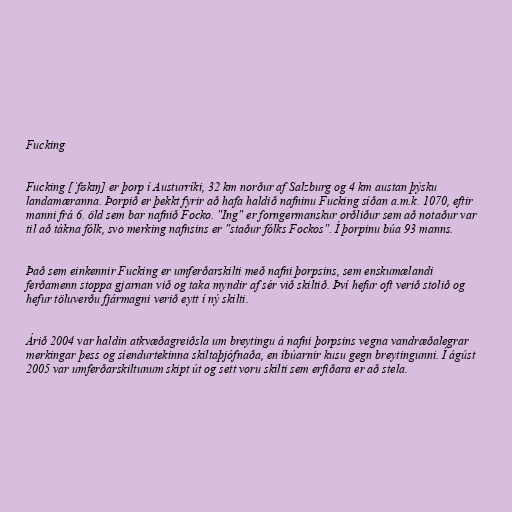
Fucking

Fucking [ˈfʊkɪŋ] er þorp í Austurríki, 32 km norður af Salzburg og 4 km austan þýsku
landamæranna. Þorpið er þekkt fyrir að hafa haldið nafninu Fucking síðan a.m.k. 1070, eftir
manni frá 6. öld sem bar nafnið Focko. "Ing" er forngermanskur orðliður sem að notaður var
til að tákna fólk, svo merking nafnsins er "staður fólks Fockos". Í þorpinu búa 93 manns.

Það sem einkennir Fucking er umferðarskilti með nafni þorpsins, sem enskumælandi
ferðamenn stoppa gjarnan við og taka myndir af sér við skiltið. Því hefur oft verið stolið og
hefur töluverðu fjármagni verið eytt í ný skilti.

Árið 2004 var haldin atkvæðagreiðsla um breytingu á nafni þorpsins vegna vandræðalegrar
merkingar þess og síendurtekinna skiltaþjófnaða, en íbúarnir kusu gegn breytingunni. Í ágúst
2005 var umferðarskiltunum skipt út og sett voru skilti sem erfiðara er að stela.